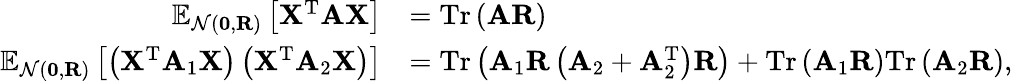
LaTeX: \begin{array}{rl}{\mathbb{E}_{\mathcal{N}(\mathbf{0},\mathbf{R})}\left[\mathbf{X}^{\mathrm{T}}\mathbf{A}\mathbf{X}\right]}&{=\mathrm{Tr}\left(\mathbf{A}\mathbf{R}\right)}\\ {\mathbb{E}_{\mathcal{N}(\mathbf{0},\mathbf{R})}\left[\left(\mathbf{X}^{\mathrm{T}}\mathbf{A}_{1}\mathbf{X}\right)\left(\mathbf{X}^{\mathrm{T}}\mathbf{A}_{2}\mathbf{X}\right)\right]}&{=\mathrm{Tr}\left(\mathbf{A}_{1}\mathbf{R}\left(\mathbf{A}_{2}+\mathbf{A}_{2}^{\mathrm{T}}\right)\mathbf{R}\right)+\mathrm{Tr}\left(\mathbf{A}_{1}\mathbf{R}\right)\mathrm{Tr}\left(\mathbf{A}_{2}\mathbf{R}\right),}\end{array}